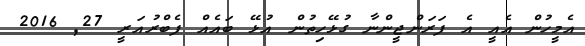
އެމީހުން އެއީ އެ ފަރަންޖީންނާ ގުޅޭހިތުން އުޅޭ ބައެއް ފެބްރުއަރީ 27